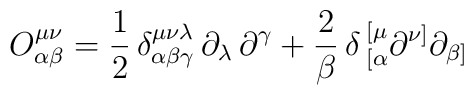
O^{\mu\nu}_{\alpha\beta}={1\over2}\,\delta^{\mu\nu\lambda}_{\alpha\beta\gamma}\,\partial_\lambda\,\partial^\gamma+{2\over\beta}\,\delta\,^{[\mu}_{[\alpha}\partial^{\nu]}\partial_{\beta]}